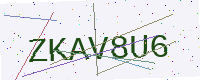
Text: ZKAV8U6